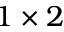
1 \times 2